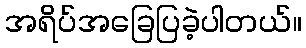
အရိပ်အခြေပြခဲ့ပါတယ်။